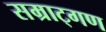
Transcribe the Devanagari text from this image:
सम्राट्गण